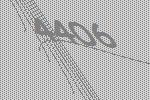
4406